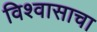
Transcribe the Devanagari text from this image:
विश्वासाचा